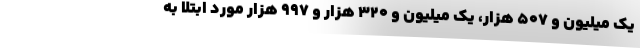
یک میلیون و ۵۰۷ هزار، یک میلیون و ۳۲۰ هزار و ۹۹۷ هزار مورد ابتلا به